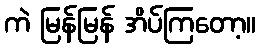
ကဲ မြန်မြန် အိပ်ကြတော့။